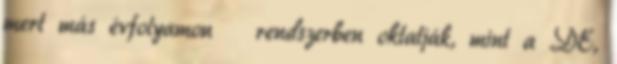
mert más évfolyamon rendszerben oktatják, mint a DE,